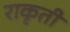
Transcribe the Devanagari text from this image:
राकृती